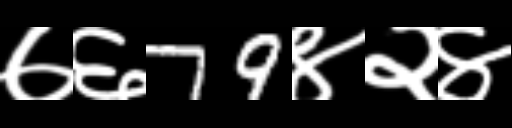
Text: ७६79४२४